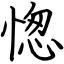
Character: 愡